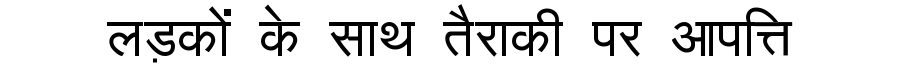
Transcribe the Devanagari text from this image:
लड़कों के साथ तैराकी पर आपत्ति